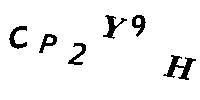
CP2Y9H